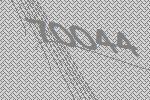
70044